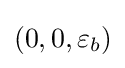
(0,0,\varepsilon _{b})